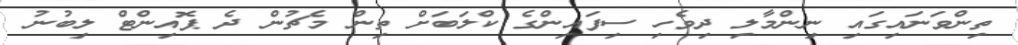
ތިންވަނައިގައި ނިންމާލި ދިވެހި ސިފައިންގެ ކްލަބަށް ތިން މެޗުން ދެ ޕޮއިންޓް ލިބުނު